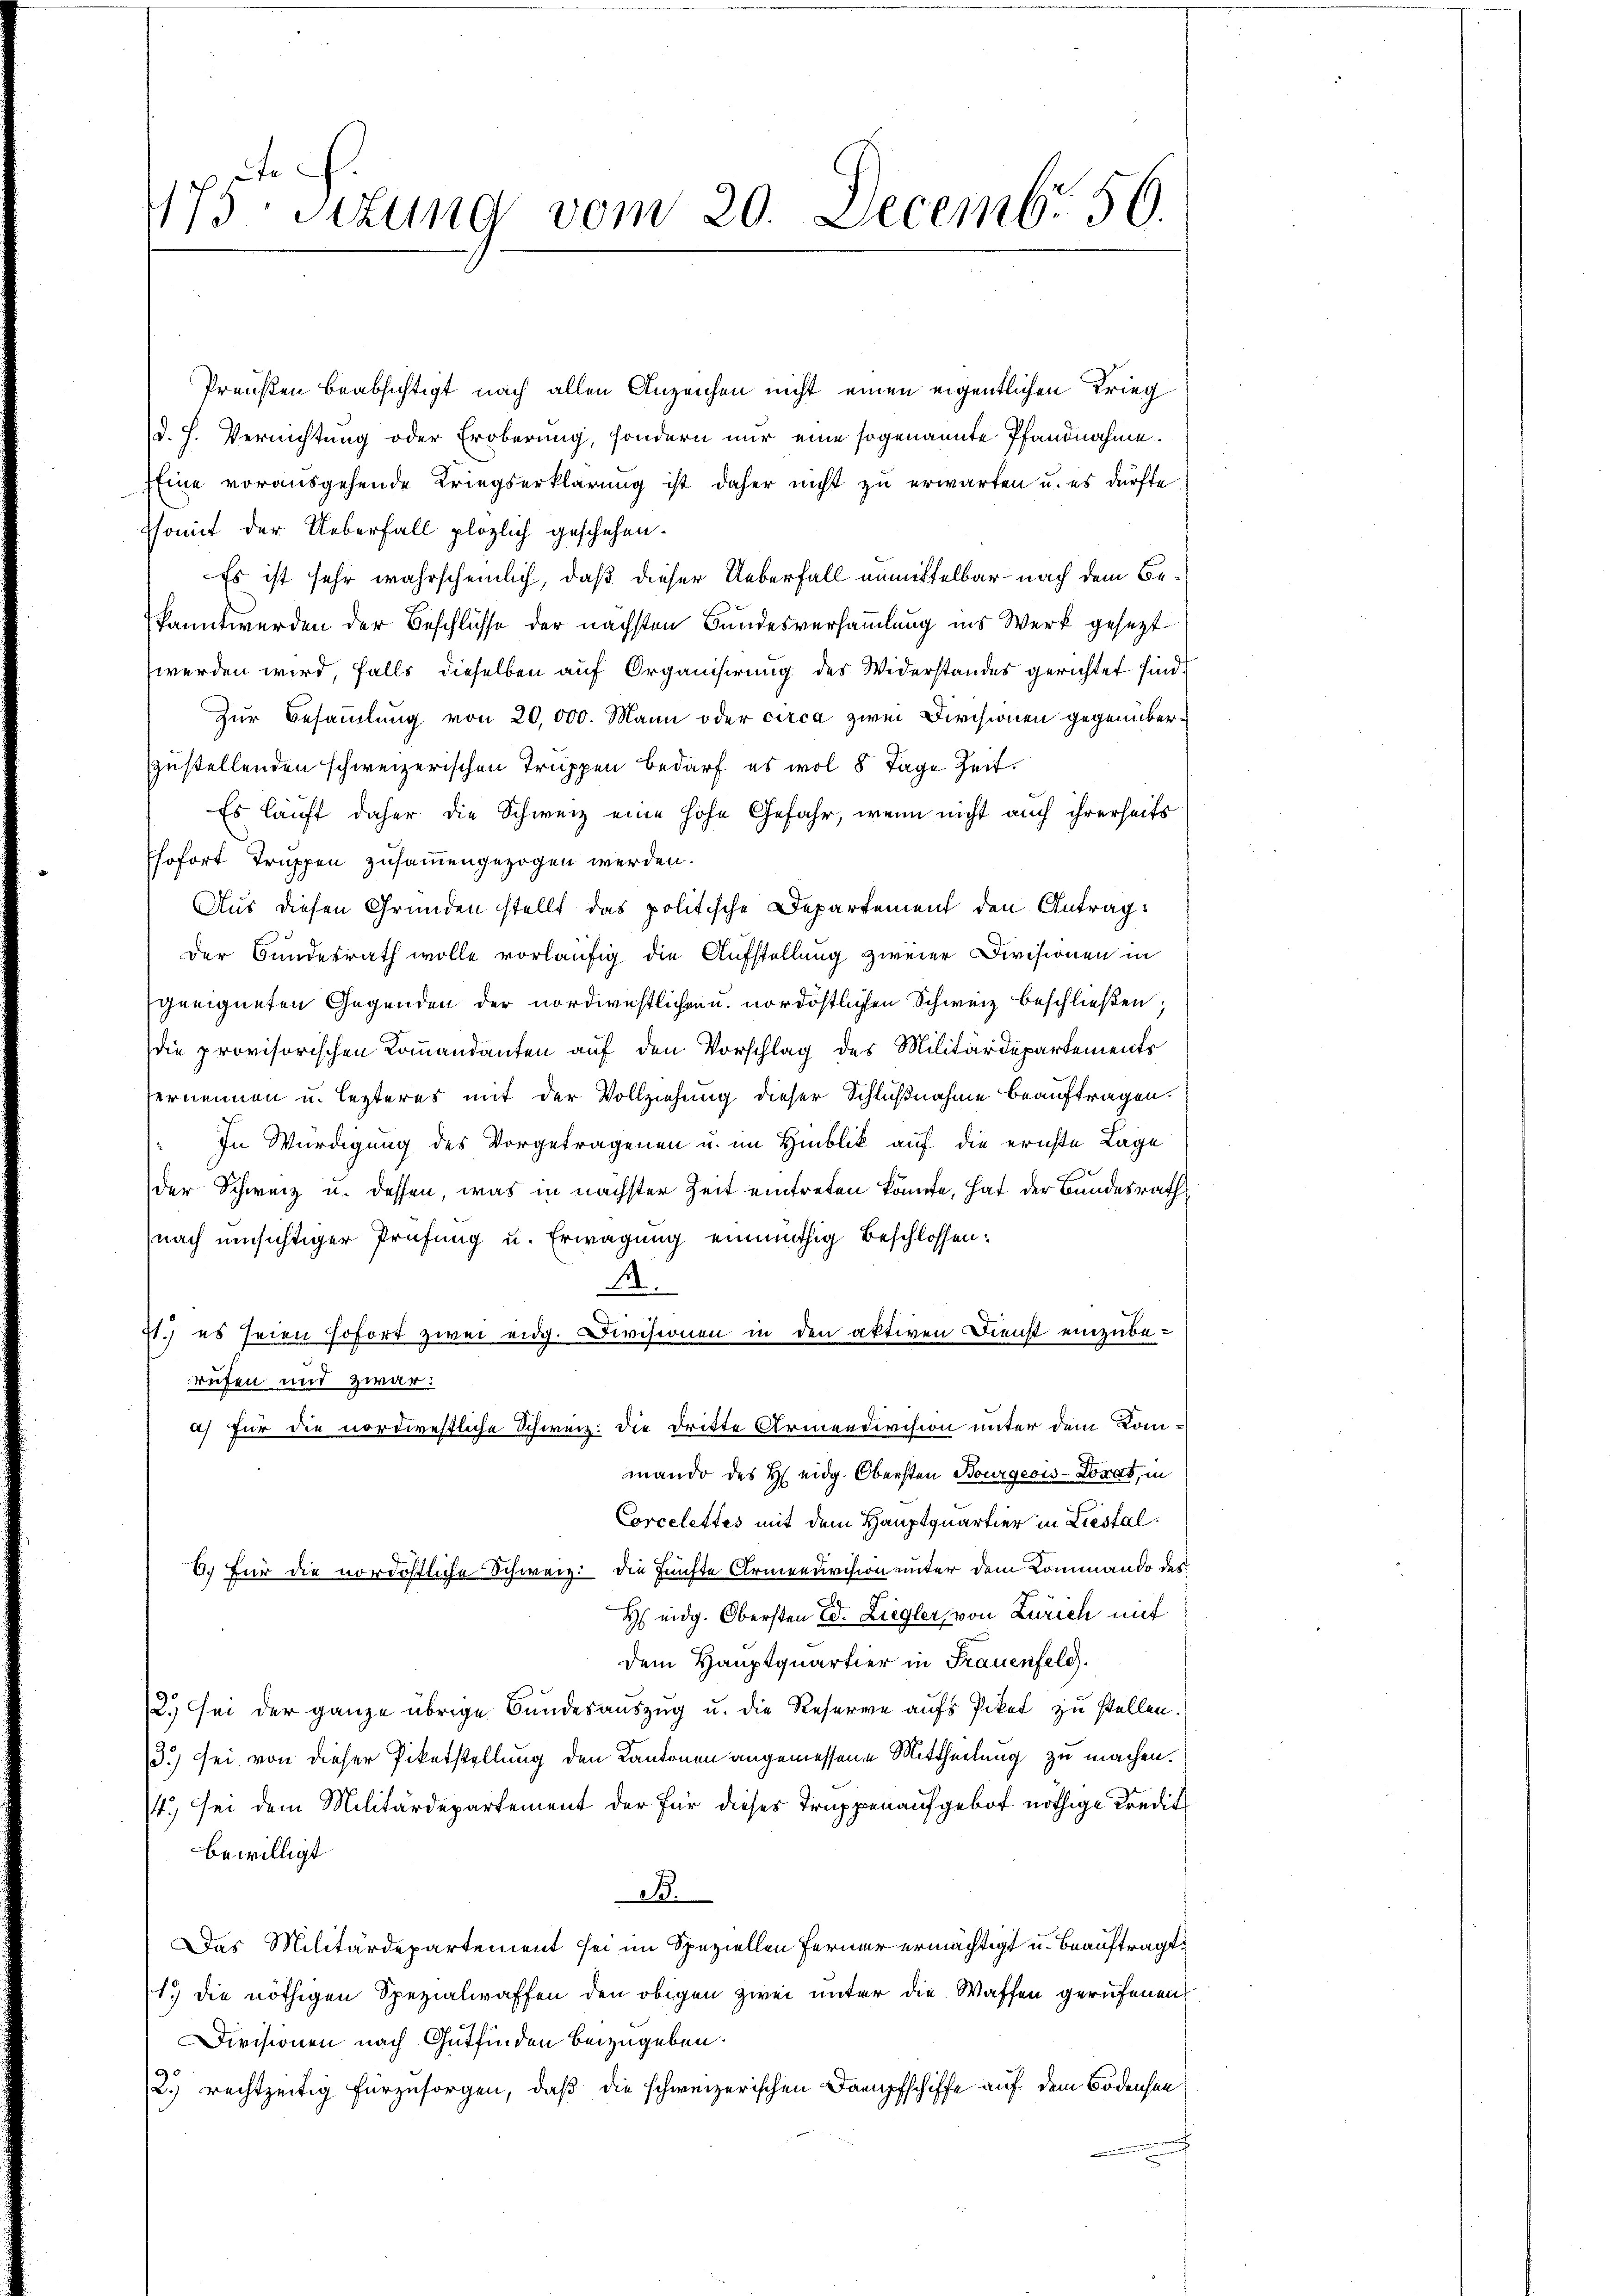
1175 situng vom 20. Decembr. 50.

Preußen beabsichtigt nach allen Anzeichen nicht einen eigentlichen Krieg
(d. h. Vernichtung oder Eroberung, sondern nur eine sogenannte Pfandnahme.
Eine vorausgehende Kriegserklärung ist daher nicht zu erwarten u. es dürfte
ssomit der Ueberfall plözlich geschehen.
Es ist sehr wahrscheinlich, daß dieser Ueberfall unmittelbar nach dem Bekannt werden der Beschlüsse der nächsten Bundesversammlung ins Werk gesezt
werden wird, falls dieselben auf Organisirung des Widerstandes gerichtet sind.
Zur Besammlung von 20,000. Mann oder circa zwei Dirchionen gegenüberzustellenden schweizerischen Truppen bedarf es wol 8 Tage Zeit.
Es läuft daher die Schweiz eine hohe Gefahr, wenn nicht auch ihrerseits
sofort Truppen zusammengezogen werden.
Aus diesen Gründen stellt das politische Departement den Antrag:
Der Bundesrath wolle vorläufig die Aufstellung zweier Divisionen in
geeigneten Gegenden der nordwestlichen u. nordöstlichen Schweiz beschließen;
die provisorischen Kommandanten auf den Vorschlag des Militärdepartements
ernennen u. lezteres mit der Vollziehung dieser Schlußnahme beauftragen.
In Würdigung des Vorgetragenen u. im Hinblik auf die ernste Lage
der Schweiz u. dessen, was in nächster Zeit eintreten könnte, hat der Bundesrath
(nach einsichtiger Prüfung u. Erwägung einmüthig beschlossen:
M.
71.) es seien sofort zwei eidg. Divisionen in den aktiven Dienst einzuberufen und zwar:
a) für die nordwestliche Schweiz. die dritte Armendivision unter dem Kommando des H. eidg. Obersten Bourgeois-Lorat, in
Corcelettes mit dem Hauptquartier in Liestal¬
6. Für die nordöstliche Schweiz. die fünfte Armenuvision unter dem Kommando des
H eidg. Obersten Ed. Liegler, von Zürich mit
dem Hauptquartier in Frauenfeld.
12. Sei der ganze übrige Bundesauszug u. die Reserve aufs Pikel zu stellen.
3.) sei, von dieser Pikatstellung den Kantonen angemessene Mittheilung zu machen.
4.) Sei dem Militärdepartement der für dieses Truppenaufgebot nöthige Kredit
bewilligt
33.
Das Militärdepartement sei im Speziellen Ferner ermächtigt u. beauftragt
1.) die nöthigen Spezialwaffen den obigen zwei unter die Waffen gerufenen
Divisionen nach Gutfinden beizugeben.
2) rechtzeitig fürzusorgen, daß die schweizerischen Dampfschiffe auf dem Bodensee